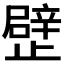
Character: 𣦢